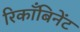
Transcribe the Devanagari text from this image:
रिकाँबिनेंट